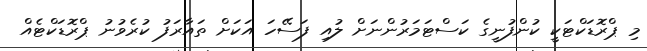
މި ޕްރޮޑަކްޓަކީ ކުންފުނީގެ ކަސްޓަމަރުންނަށް ލުއި ފަސޭހަ އަކަށް ތައާރަފު ކުރެވުނު ޕްރޮޑަކްޓެއް